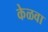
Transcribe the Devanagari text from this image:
केळवा